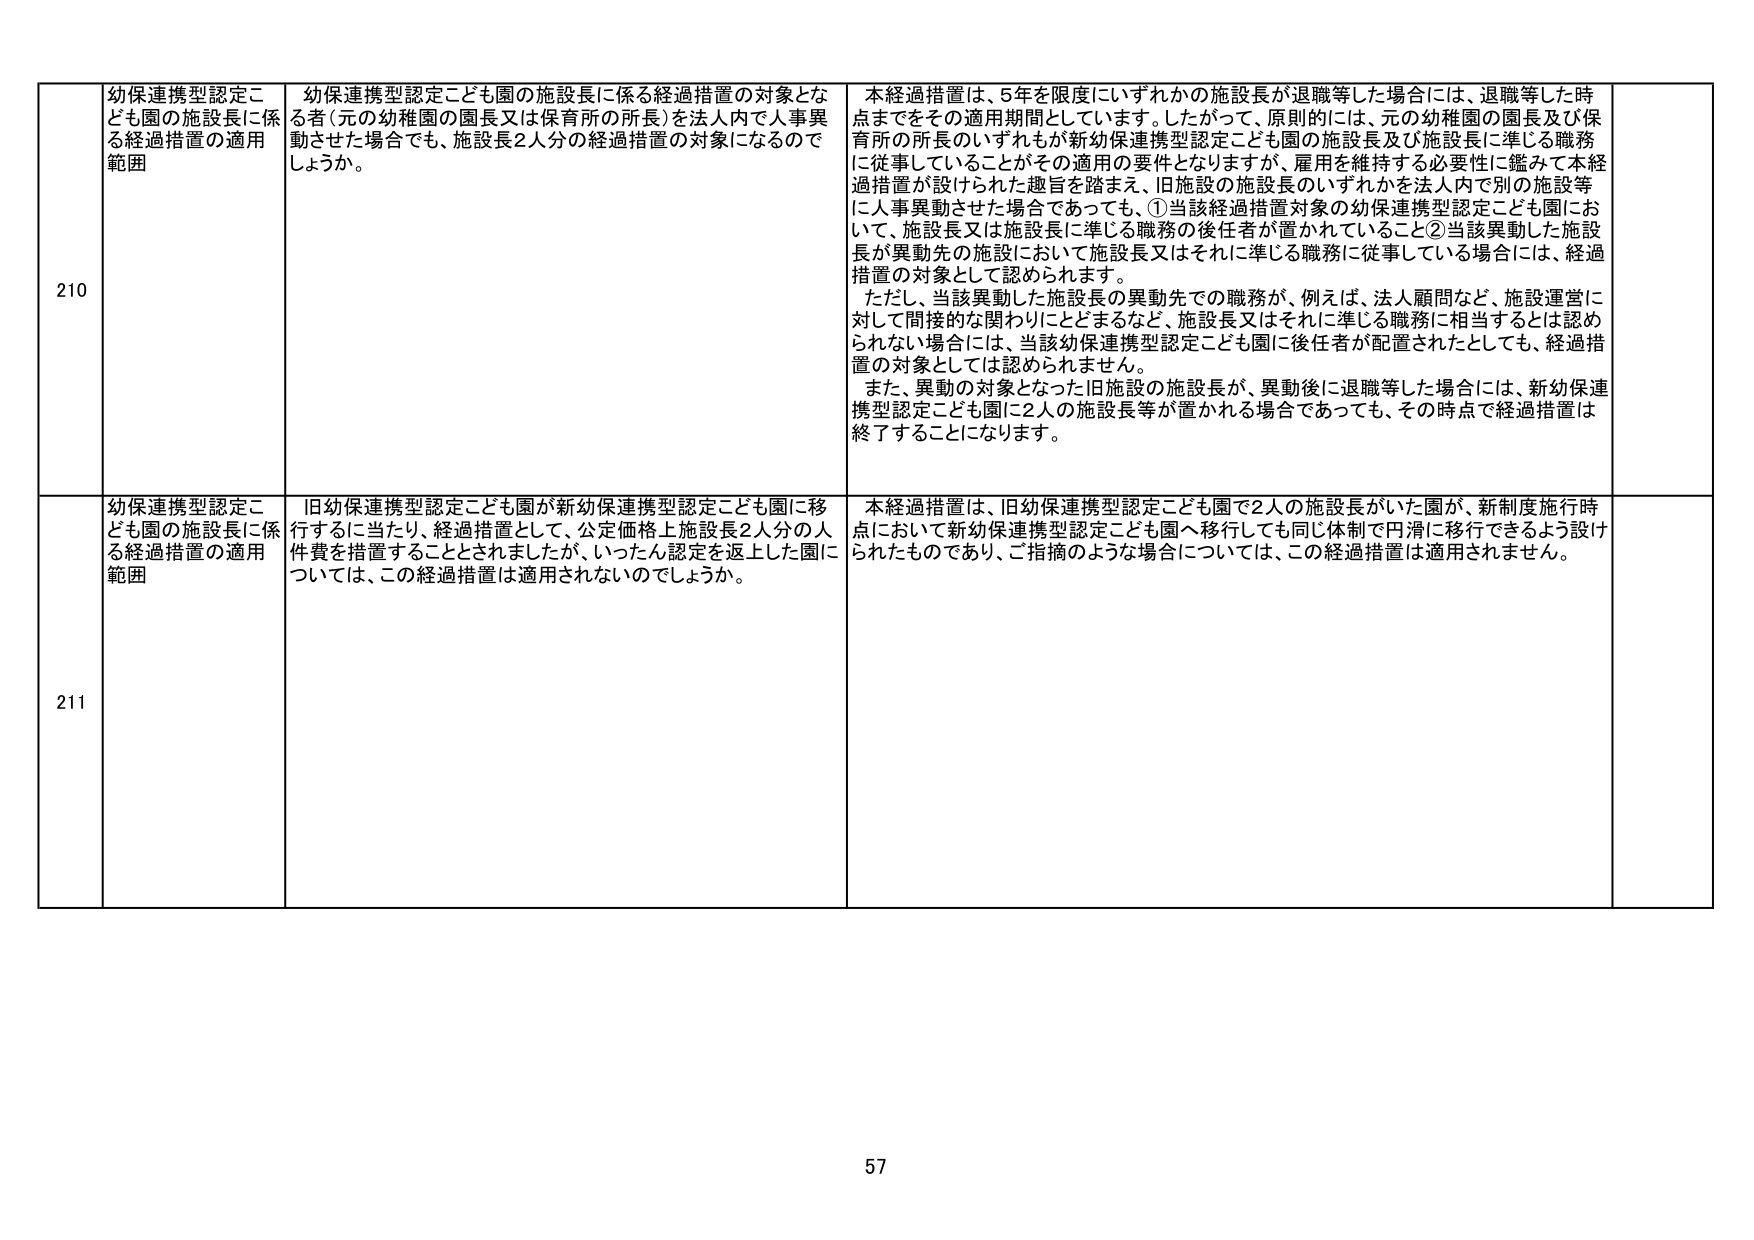
210
幼保連携型認定こども園の施設長に係る経過措置の適用範囲
幼保連携型認定こども園の施設長に係る経過措置の対象となる者（元の幼稚園の園長又は保育所の所長）を法人内で人事異動させた場合でも、施設長2人分の経過措置の対象になるのでしょうか。
本経過措置は、5年を限度にいずれかの施設長が退職等した場合には、退職等した時点までをその適用期間としています。したがって、原則的には、元の幼稚園の園長及び保育所の所長のいずれもが新幼保連携型認定こども園の施設長及び施設長に準じる職務に従事していることがその適用の要件となります。が、雇用を維持する必要性に鑑みて本経過措置が設けられた趣旨を踏まえ、旧施設の施設長のいずれかを法人内で別の施設等に人事異動させた場合であっても、①当該経過措置対象の幼保連携型認定こども園において、施設長又は施設長に準じる職務の後任者が置かれていること②当該異動した施設長が異動先の施設において施設長又はそれに準じる職務に従事している場合には、経過措置の対象として認められます。
ただし、当該異動した施設長の異動先での職務が、例えば、法人顧問など、施設運営に対して間接的な関わりにとどまるなど、施設長又はそれに準じる職務に相当すると認められない場合には、当該幼保連携型認定こども園に後任者が配置されたとしても、経過措置の対象としては認められません。
また、異動の対象となった旧施設の施設長が、異動後に退職等した場合には、新幼保連携型認定こども園に2人の施設長等が置かれる場合であっても、その時点で経過措置は終了することになります。

211
幼保連携型認定こども園の施設長に係る経過措置の適用範囲
旧幼保連携型認定こども園が新幼保連携型認定こども園に移行するに当たり、経過措置として、公定価格上施設長2人分の人件費を措置することとされましたが、いったん認定を返上した園については、この経過措置は適用されないのでしょうか。
本経過措置は、旧幼保連携型認定こども園で2人の施設長がいた園が、新制度施行時点において新幼保連携型認定こども園へ移行しても同じ体制で円滑に移行できるよう設けられたものであり、ご指摘のような場合については、この経過措置は適用されません。

57